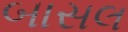
બાસલ